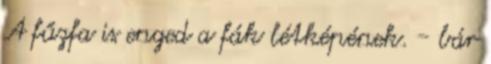
A fűzfa is enged a fák létképének. - bár